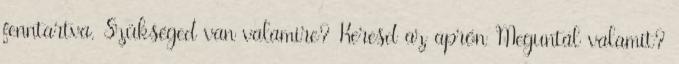
fenntartva. Szükséged van valamire? Keresd az aprón Meguntál valamit?